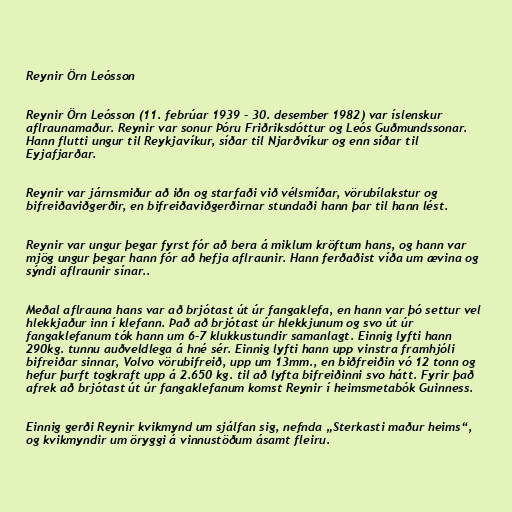
Reynir Örn Leósson

Reynir Örn Leósson (11. febrúar 1939 - 30. desember 1982) var íslenskur
aflraunamaður. Reynir var sonur Þóru Friðriksdóttur og Leós Guðmundssonar.
Hann flutti ungur til Reykjavíkur, síðar til Njarðvíkur og enn síðar til
Eyjafjarðar.

Reynir var járnsmiður að iðn og starfaði við vélsmíðar, vörubílakstur og
bifreiðaviðgerðir, en bifreiðaviðgerðirnar stundaði hann þar til hann lést.

Reynir var ungur þegar fyrst fór að bera á miklum kröftum hans, og hann var
mjög ungur þegar hann fór að hefja aflraunir. Hann ferðaðist víða um ævina og
sýndi aflraunir sínar..

Meðal aflrauna hans var að brjótast út úr fangaklefa, en hann var þó settur vel
hlekkjaður inn í klefann. Það að brjótast úr hlekkjunum og svo út úr
fangaklefanum tók hann um 6-7 klukkustundir samanlagt. Einnig lyfti hann
290kg. tunnu auðveldlega á hné sér. Einnig lyfti hann upp vinstra framhjóli
bifreiðar sinnar, Volvo vörubifreið, upp um 13mm., en biðfreiðin vó 12 tonn og
hefur þurft togkraft upp á 2.650 kg. til að lyfta bifreiðinni svo hátt. Fyrir það
afrek að brjótast út úr fangaklefanum komst Reynir í heimsmetabók Guinness.

Einnig gerði Reynir kvikmynd um sjálfan sig, nefnda „Sterkasti maður heims“,
og kvikmyndir um öryggi á vinnustöðum ásamt fleiru.